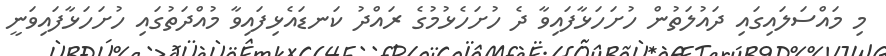
މި މައްސަލައިގައި ދައުލަތުން ހުށަހަޅާފައިވާ ދެ ހުށަހެޅުމުގެ ރައްދު ކަނޑައެޅިފައިވާ މުއްދަތުގައި ހުށަހަޅާފައިވަނީ